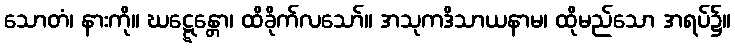
သောတံ၊ နားကို။ ဃဋ္ဋေန္တော၊ ထိခိုက်လသော်။ အသုကဒိသာယနာမ၊ ထိုမည်သော အရပ်၌။